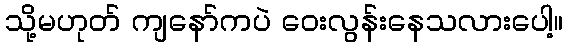
သို့မဟုတ် ကျနော်ကပဲ ဝေးလွန်းနေသလားပေါ့။